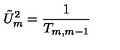
\tilde { U } _ { m } ^ { 2 } = \frac { 1 } { T _ { m , m - 1 } }